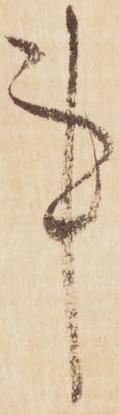
事